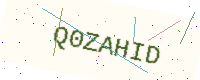
Text: Q0ZAHID